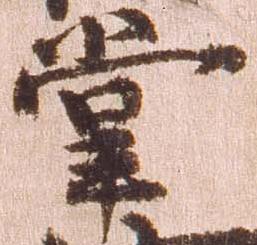
掌